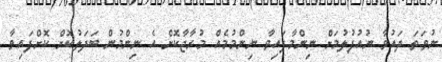
ނުވަތަ ދައުވާ ނުއުފުލުމަށް ނިންމާފައިވާ ނިންމުމެއް މުރާޖާކޮށް އެ ނިންމުން ބަދަލުކޮށް ކޮށްފައިވާ